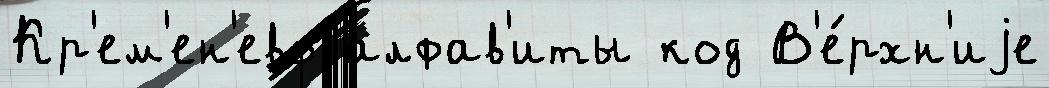
Кр'ем'ен'ево алфав'иты код В'е́рхн'иjе